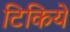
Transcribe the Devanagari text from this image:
टिकिये